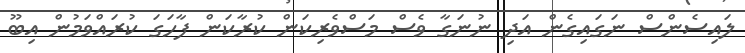
ލައިސެންސް ނަގައިގެން އަދި ނުނަގާ ވެސް މަސްވެރިކަން ކުރާކަން ފާހަގަ ކުރައްވަމުން އިބޫ